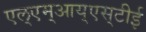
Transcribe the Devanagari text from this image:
एल्‌एम्‌आय्‌एस्‌टीई